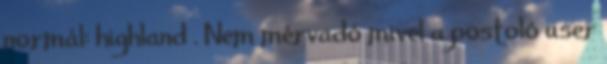
normál: highland . Nem mérvadó mivel a postoló user